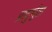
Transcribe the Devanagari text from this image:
प्रादुर्भूता